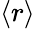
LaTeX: \langle r\rangle